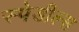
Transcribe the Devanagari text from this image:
स्पेडील्स